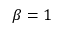
\beta = 1